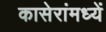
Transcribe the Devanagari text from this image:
कासेरांमध्यें